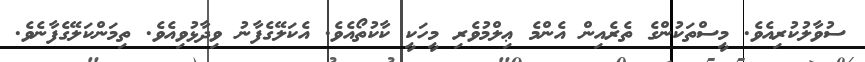
ސުވާލުކުރިއެވެ. މީސްތަކުންގެ ތެރެއިން އެންމެ ޢިލްމުވެރި މީހަކީ ކާކުތޯއެވެ. އެކަލޭގެފާނު ވިދާޅުވިއެވެ. ތިމަންކަލޭގެފާނެވެ.